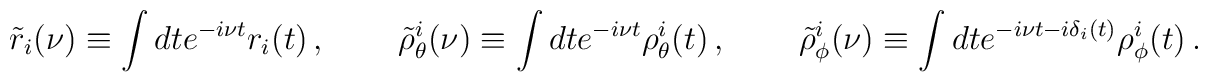
\tilde r_i(\nu) \equiv \int dt e^{-i\nu t} r_i(t) \,,\kern 0.35 in\tilde\rho_\theta^i(\nu) \equiv \int dt e^{-i\nu t} \rho_\theta^i(t) \,,\kern 0.35 in\tilde\rho_\phi^i(\nu) \equiv \int dt e^{-i\nu t - i\delta_i(t)} \rho_\phi^i(t) \,.